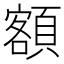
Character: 額